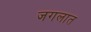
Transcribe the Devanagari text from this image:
जगलात